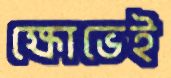
ক্ষোভেই